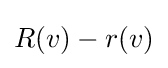
R(v)-r(v)